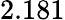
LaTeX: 2.181